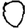
Digit: 0